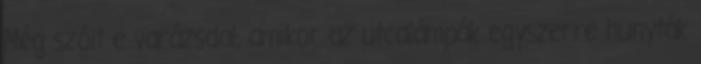
Még szólt e varázsdal, amikor az utcalámpák egyszerre hunyták